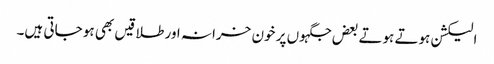
الیکشن ہوتے ہوتے بعض جگہوں پر خون خرانہ اور طلاقیں بھی ہو جاتی ہیں۔